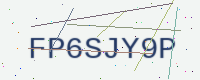
Text: FP6SJY9P